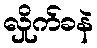
လှိုက်ခနဲ